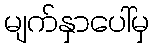
မျက်နှာပေါ်မှ